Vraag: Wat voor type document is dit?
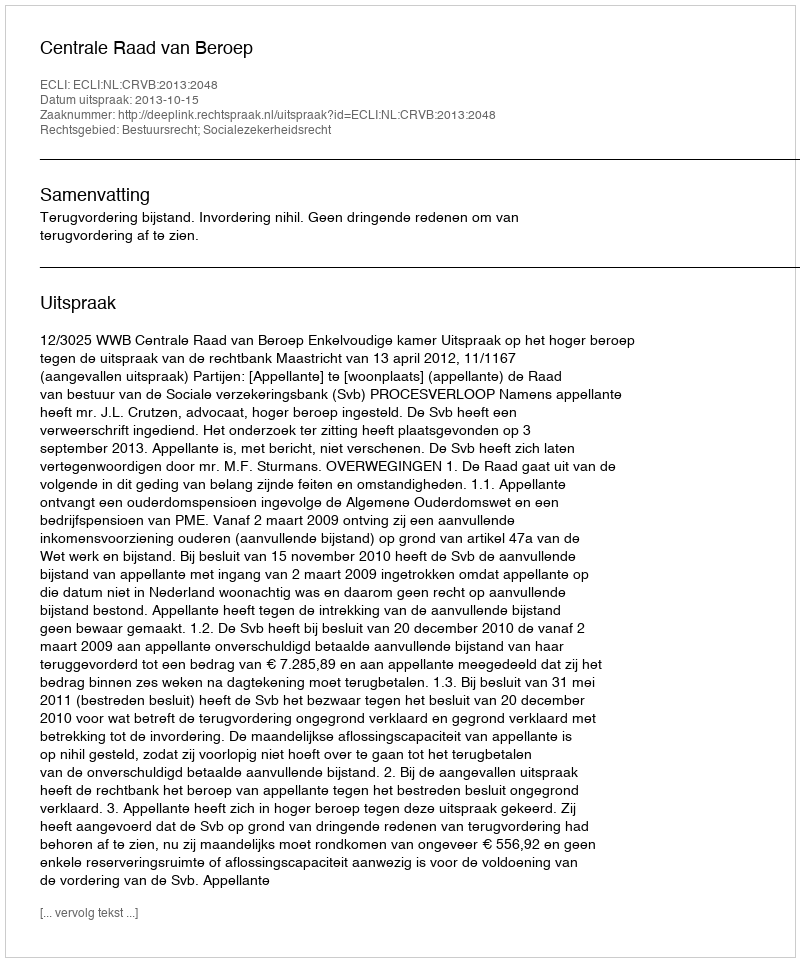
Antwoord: Uitspraak